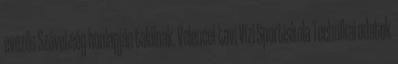
evezős Szövetség honlapján találnak. Velencei-tavi Vízi Sportiskola Technikai adatok